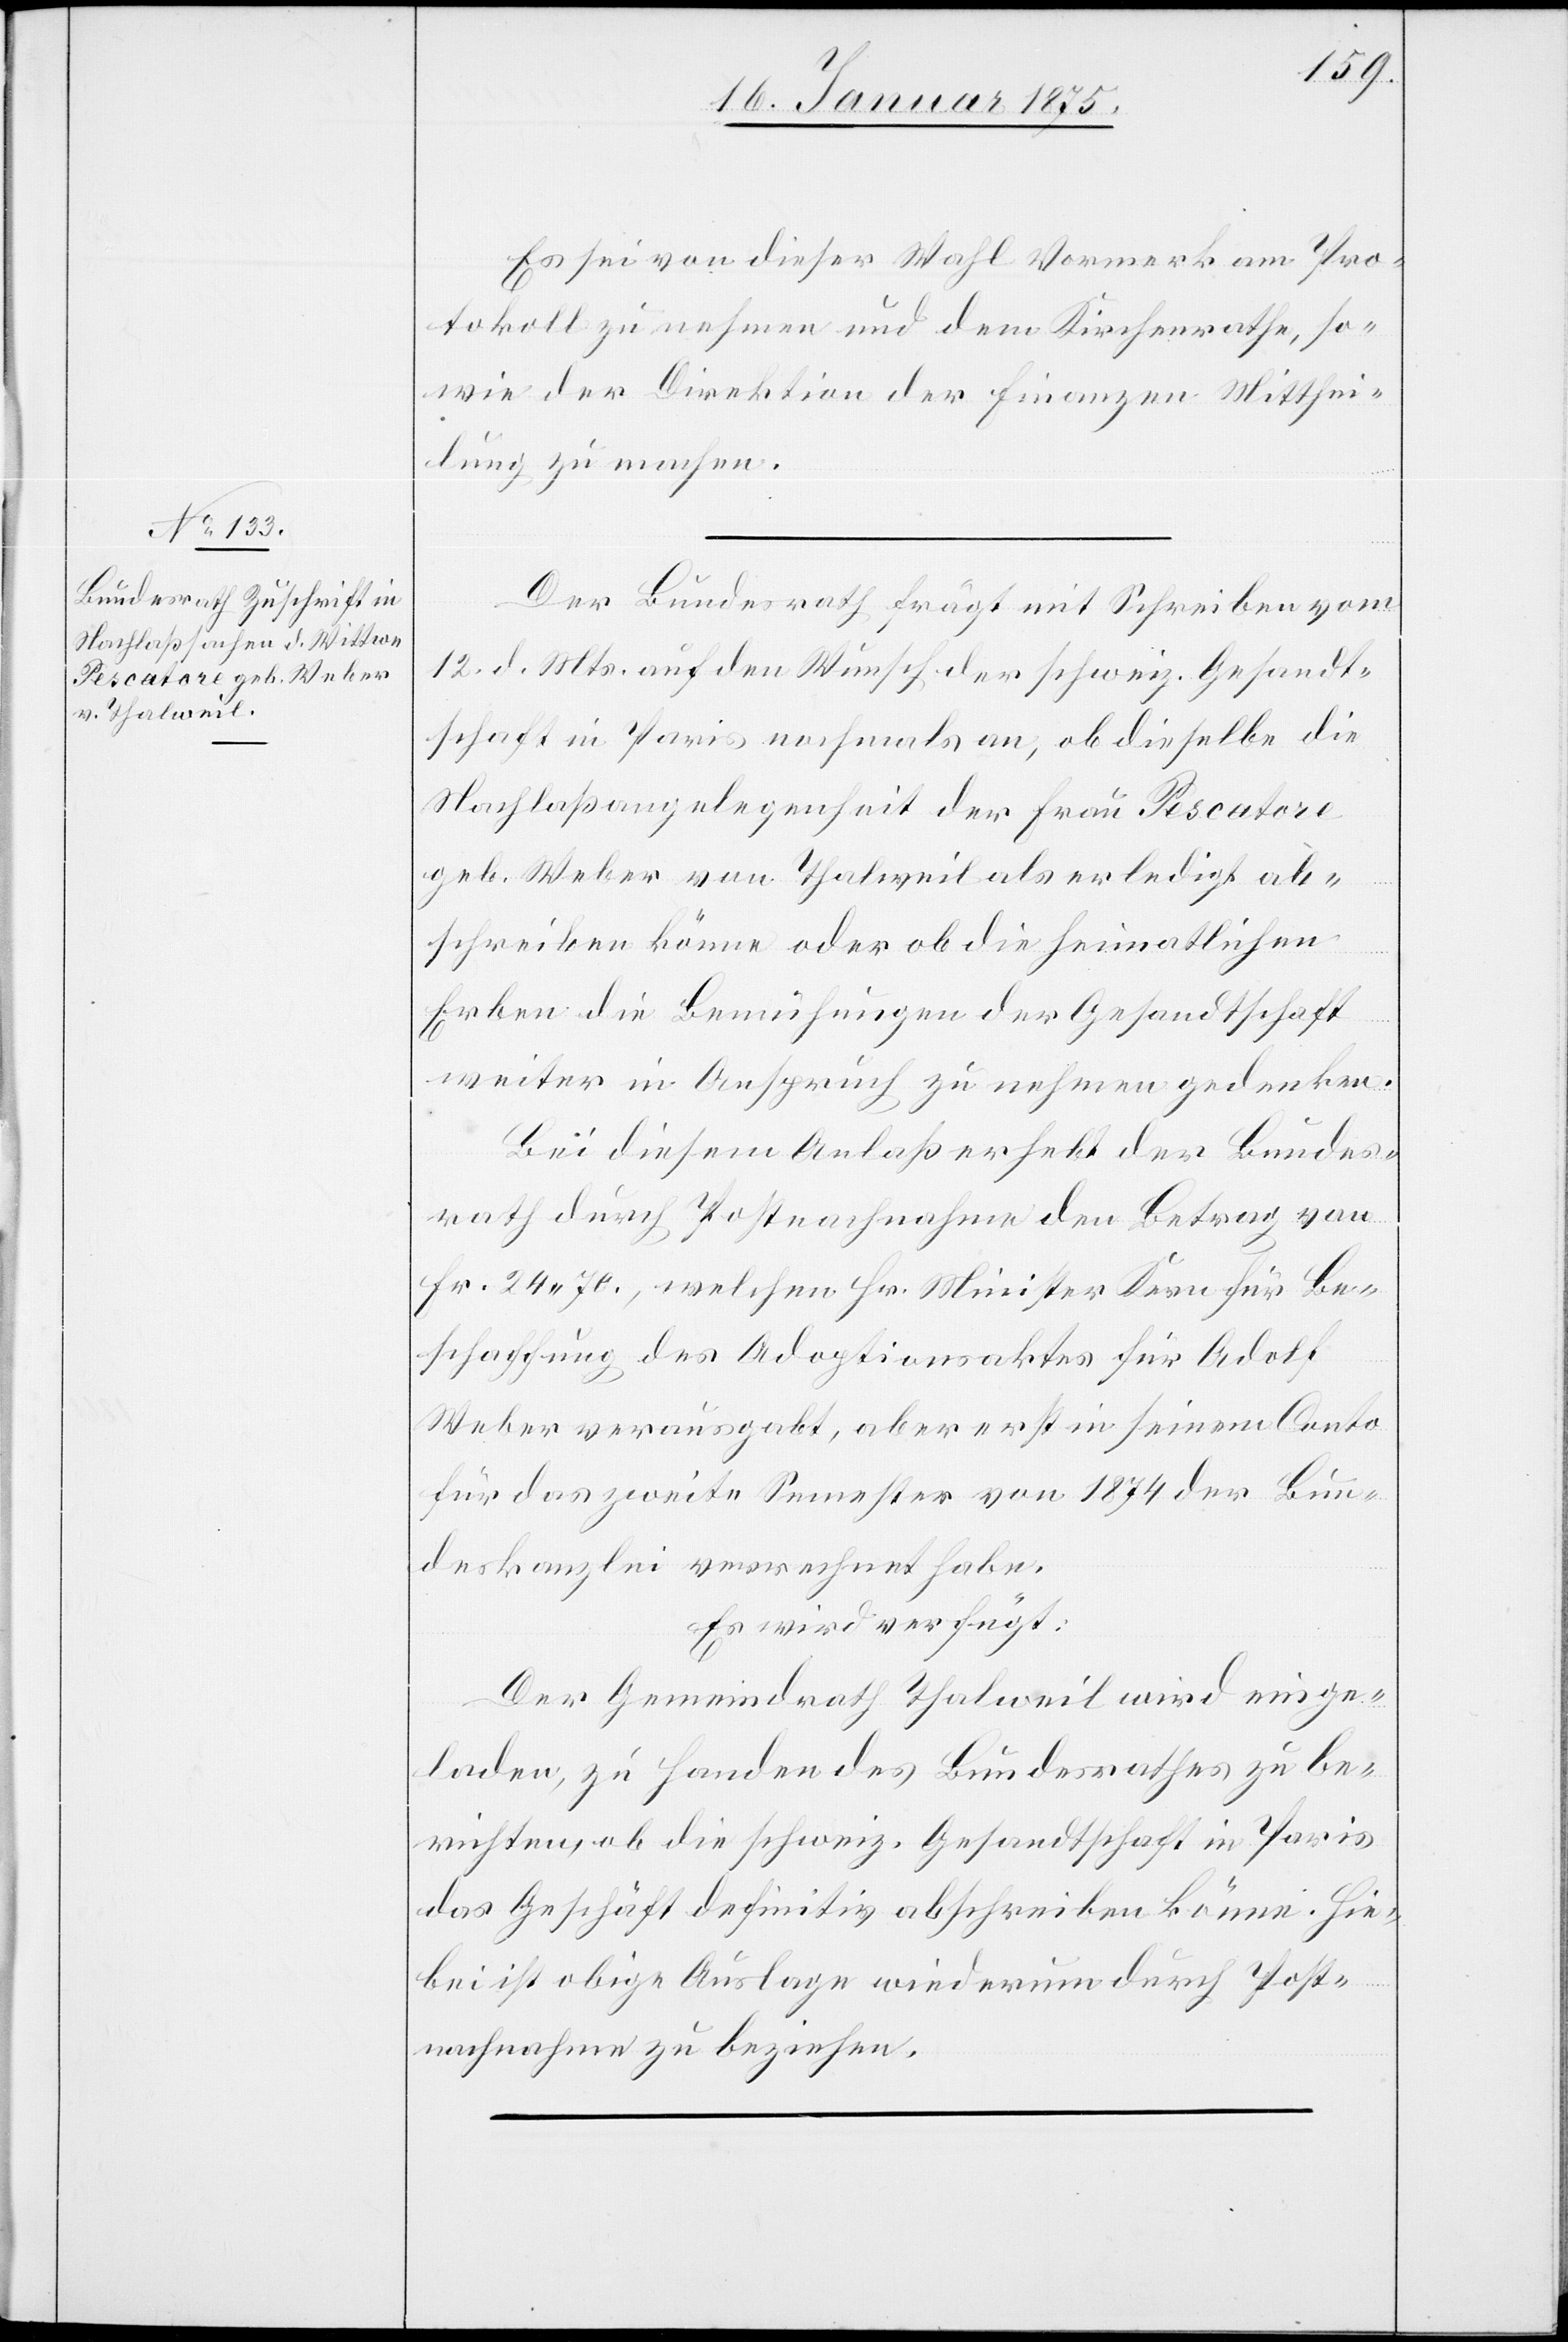
18. Januar 1875.]
Es sei von dieser Wahl Vormerk am Pro¬
tokoll zu nehmen und dem Kirchenrathe, so¬
wie der Direktion der Finanzen Mitthei¬
lung zu machen.
Der Bundesrath frägt mit Schreiben vom
12. d. Mts. auf den Wunsch der schweiz. Gesandt¬
schaft in Paris nochmals an, ob dieselbe die
Nachlaßangelegenheit der Frau Pescatore
geb. Weber von Thalweil als erledigt ab¬
schreiben könne oder ob die heimatlichen
Erben die Bemühungen der Gesandtschaft
weiter in Anspruch zu nehmen gedenken.
Bei diesem Anlaß erhebt der Bundes¬
rath durch Postnachnahme den Betrag von
Fr. 24. 70., welchen Hr. Minister Kern für Be¬
schaffung des Adoptionsaktes für Adolf
Weber verausgabt, aber erst in seinem Conto
für das zweite Semester von 1874 der Bun¬
deskanzlei verrechnet habe.
Es wird verfügt:
Der Gemeindrath Thalweil wird einge¬
laden, zu Handen des Bundesrathes zu be¬
richten, ob die schweiz. Gesandtschaft in Paris
das Geschäft definitiv abschreiben könne. Hie¬
bei ist obige Auslage wiederum durch Post¬
nachnahme zu beziehen.